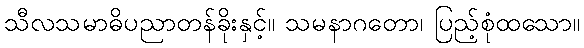
သီလသမာဓိပညာတန်ခိုးနှင့်။ သမနာဂတော၊ ပြည့်စုံထသော။